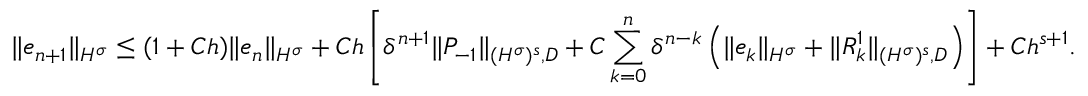
\| e _ { n + 1 } \| _ { H ^ { \sigma } } \leq ( 1 + C h ) \| e _ { n } \| _ { H ^ { \sigma } } + C h \left[ \delta ^ { n + 1 } \| P _ { - 1 } \| _ { { ( H ^ { \sigma } ) ^ { s } } , D } + C \sum _ { k = 0 } ^ { n } \delta ^ { n - k } \left( \| e _ { k } \| _ { H ^ { \sigma } } + \| R _ { k } ^ { 1 } \| _ { { ( H ^ { \sigma } ) ^ { s } } , D } \right) \right] + C h ^ { s + 1 } .